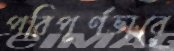
পরিপূর্ণভাবে